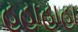
હહાહાહા